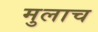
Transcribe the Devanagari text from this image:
मुलाच